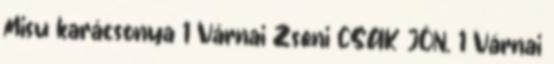
Misu karácsonya 1 Várnai Zseni CSAK JÖN. 1 Várnai